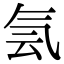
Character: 𰚼